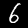
Digit: 6